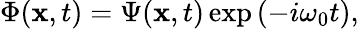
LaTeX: \Phi({\mathbf x},t)=\Psi({\mathbf x},t)\exp{(-i\omega_{0}t)},